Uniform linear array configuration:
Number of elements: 24
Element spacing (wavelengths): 0.5
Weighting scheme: exponential
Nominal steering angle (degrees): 15
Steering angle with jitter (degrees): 13.365
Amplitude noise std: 0.05
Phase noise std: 0.05

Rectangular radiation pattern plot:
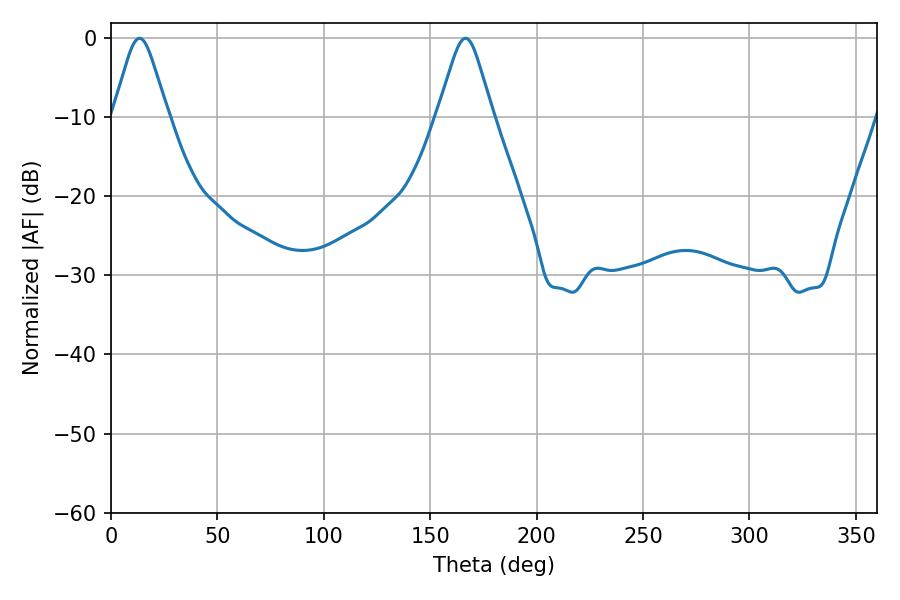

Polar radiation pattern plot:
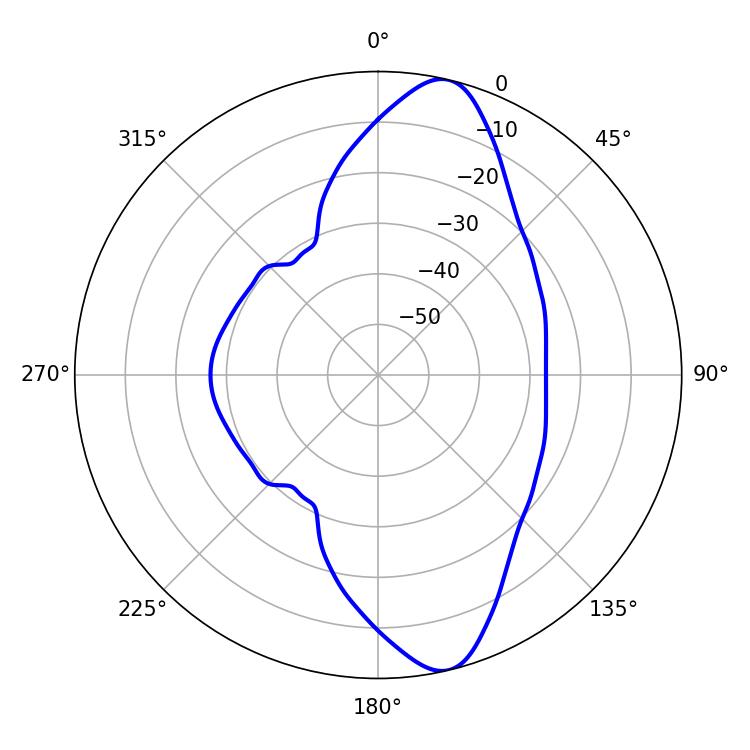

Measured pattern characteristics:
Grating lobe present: FALSE
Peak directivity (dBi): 11.995
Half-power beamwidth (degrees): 12.24
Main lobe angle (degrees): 13.5